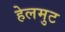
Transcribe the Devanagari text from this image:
हेलमुट